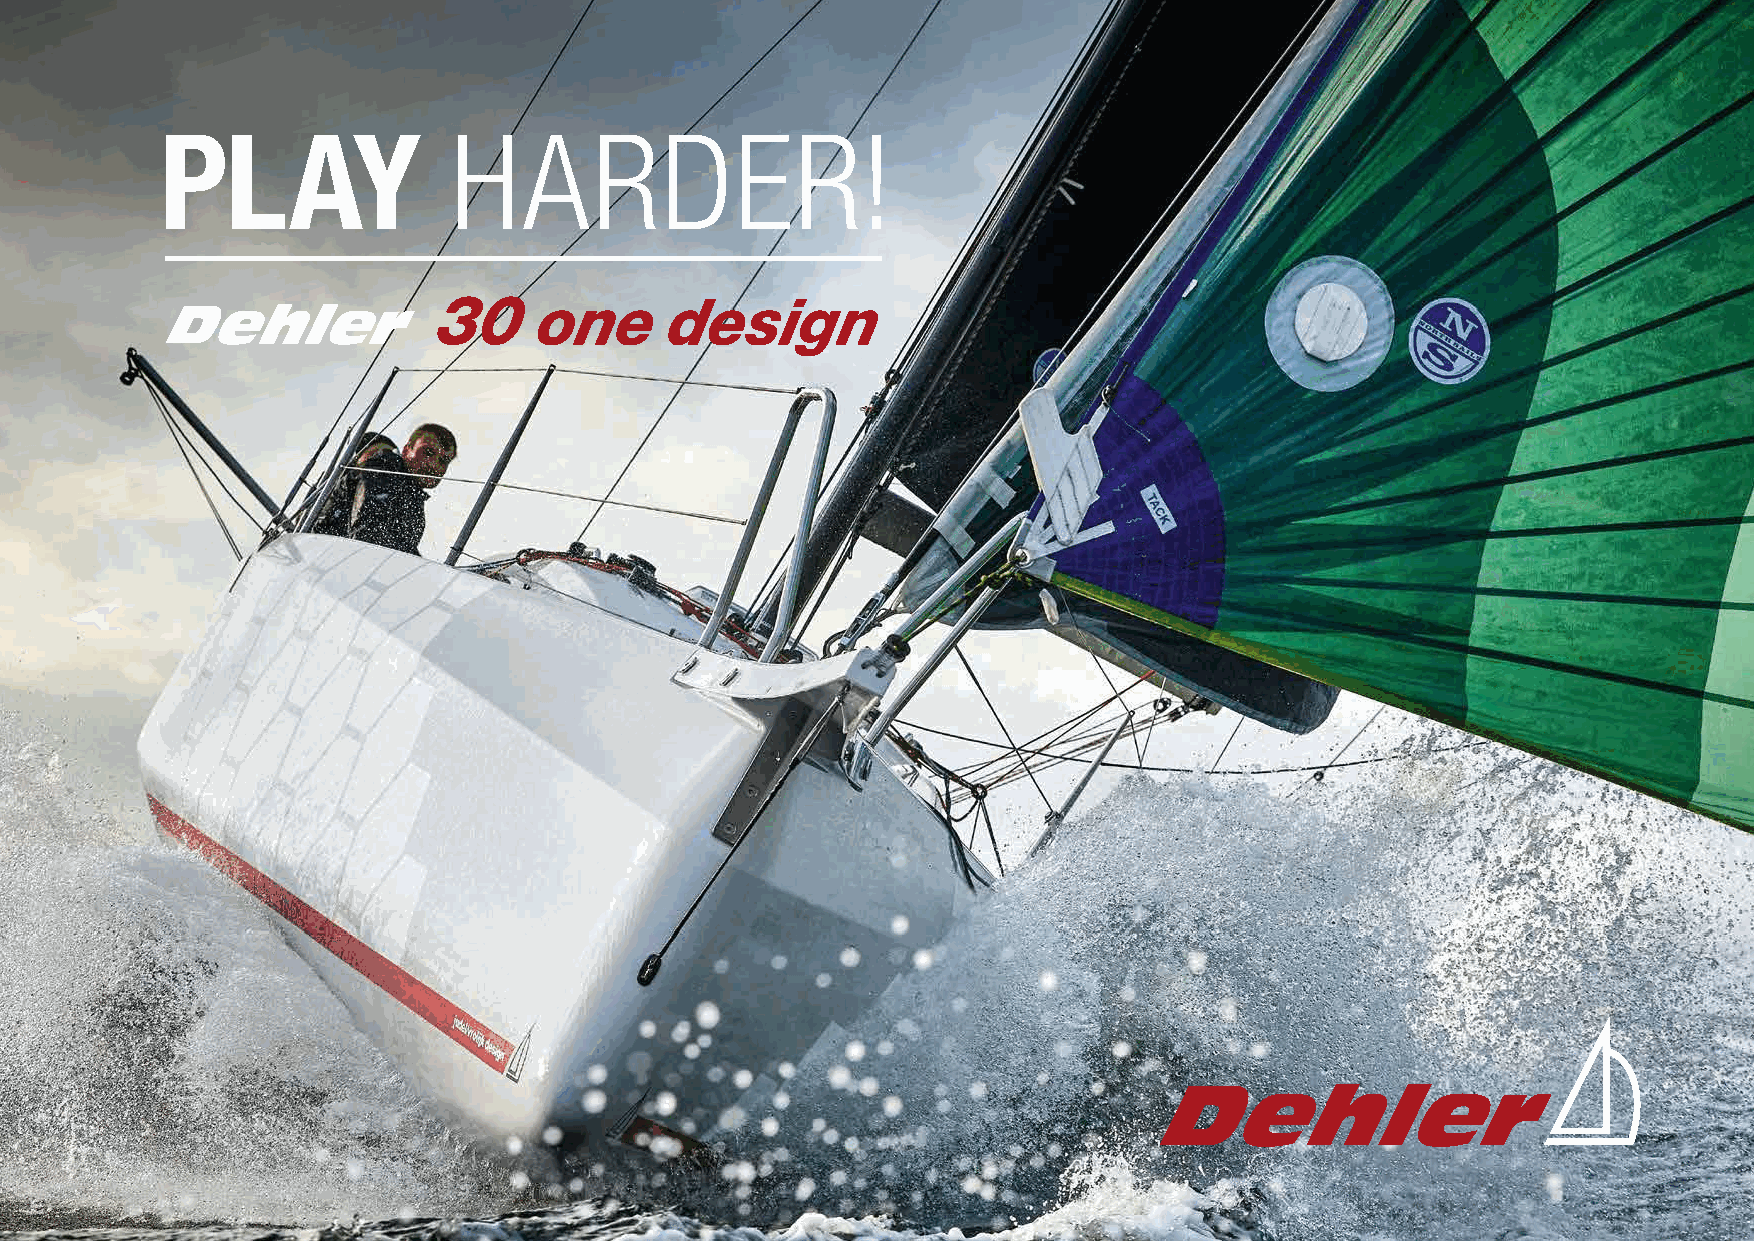
PLAY               HARDER!
 30    one      design